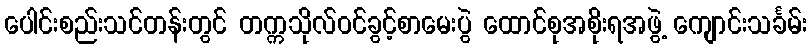
ပေါင်းစည်းသင်တန်းတွင် တက္ကသိုလ်ဝင်ခွင့်စာမေးပွဲ ထောင်စုအစိုးရအဖွဲ့ ကျောင်းသင်္ခမ်း